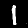
Digit: 1